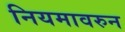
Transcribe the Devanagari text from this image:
नियमावरुन